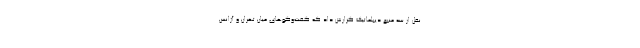
نقل از سه منبع دیپلماتیک گزارش داد که گفت‌وگوهای میان تهران و آژانس